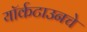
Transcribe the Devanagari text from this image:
यॉर्कटाउनचे